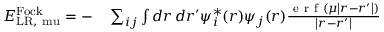
\begin{array} { r l } { E _ { \mathrm { { L R } , \ m u } } ^ { \mathrm { F o c k } } = - } & { { } \sum _ { i j } \int d \boldsymbol { r } \, d \boldsymbol { r ^ { \prime } } \psi _ { i } ^ { * } ( \boldsymbol { r } ) \psi _ { j } ( \boldsymbol { r } ) \frac { \mathrm { ~ e ~ r ~ f ~ } ( \mu \left| \boldsymbol { r } - \boldsymbol { r ^ { \prime } } \right| ) } { \left| \boldsymbol { r } - \boldsymbol { r ^ { \prime } } \right| } } \end{array}